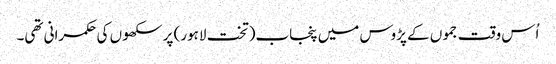
اُس وقت جموں کے پڑوس میں پنجاب(تخت لاہور) پر سکھوں کی حکمرانی تھی۔